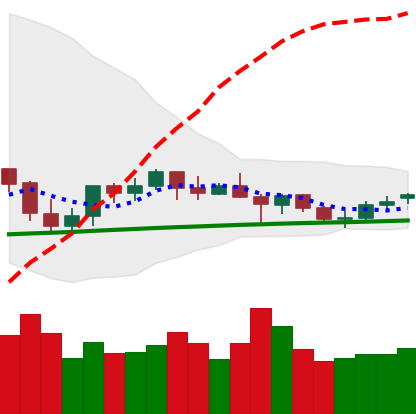
Ticker: ETH-USD
Chart end date: 2021-06-15
Forward return: -13.963%
Label: down_7plus